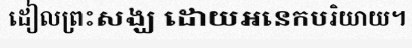
ដៀលព្រះសង្ឃ ដោយអនេកបរិយាយ។